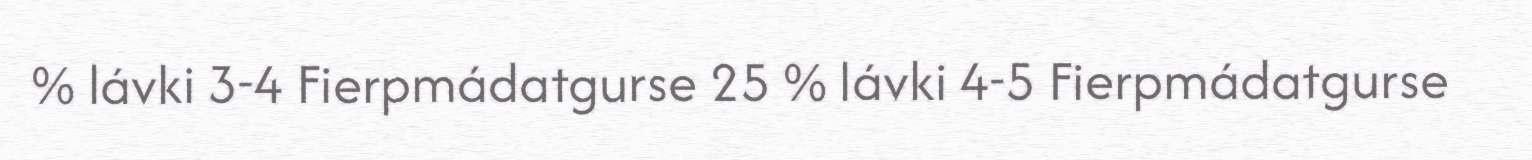
% lávki 3-4 Fierpmádatgurse 25 % lávki 4-5 Fierpmádatgurse